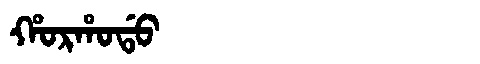
Manchu: ᡥᠣᡵᡥᠣᡩᠣ
Romanization: HORHODO